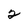
Character: 2